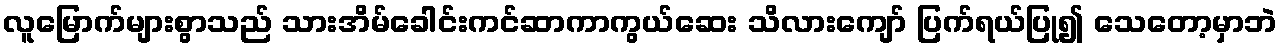
လူမြောက်များစွာသည် သားအိမ်ခေါင်းကင်ဆာကာကွယ်ဆေး သိလားကျော် ပြက်ရယ်ပြု၍ သေတော့မှာဘဲ